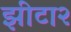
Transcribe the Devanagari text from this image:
झीटा२